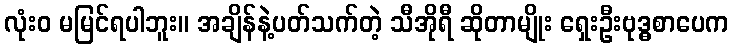
လုံးဝ မမြင်ရပါဘူး။ အချိန်နဲ့ပတ်သက်တဲ့ သီအိုရီ ဆိုတာမျိုး ရှေးဦးဗုဒ္ဓစာပေက